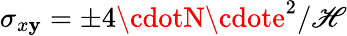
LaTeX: \sigma_{x\mathbf{y}}=\pm{4\cdotN\cdote^{2}}/\mathscr{H}